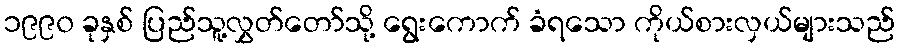
၁၉၉၀ ခုနှစ် ပြည်သူ့လွှတ်တော်သို့ ရွေးကောက် ခံရသော ကိုယ်စားလှယ်များသည်